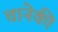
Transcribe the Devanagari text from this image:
चानेकी